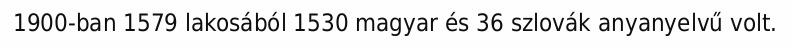
1900-ban 1579 lakosából 1530 magyar és 36 szlovák anyanyelvű volt.